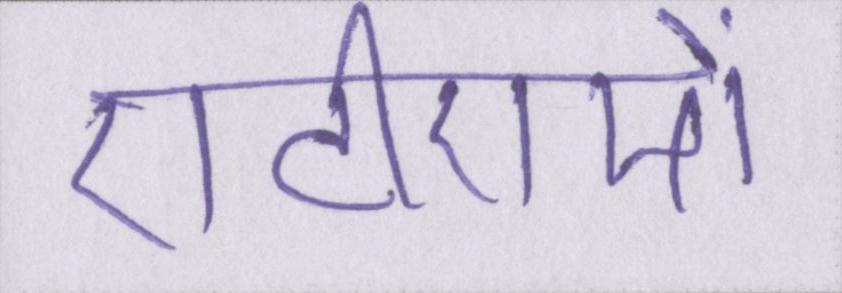
एटीएमों